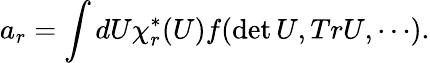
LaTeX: a_{r}=\int dU\chi_{r}^{*}(U)f(\operatorname*{det}U,TrU,\cdots).